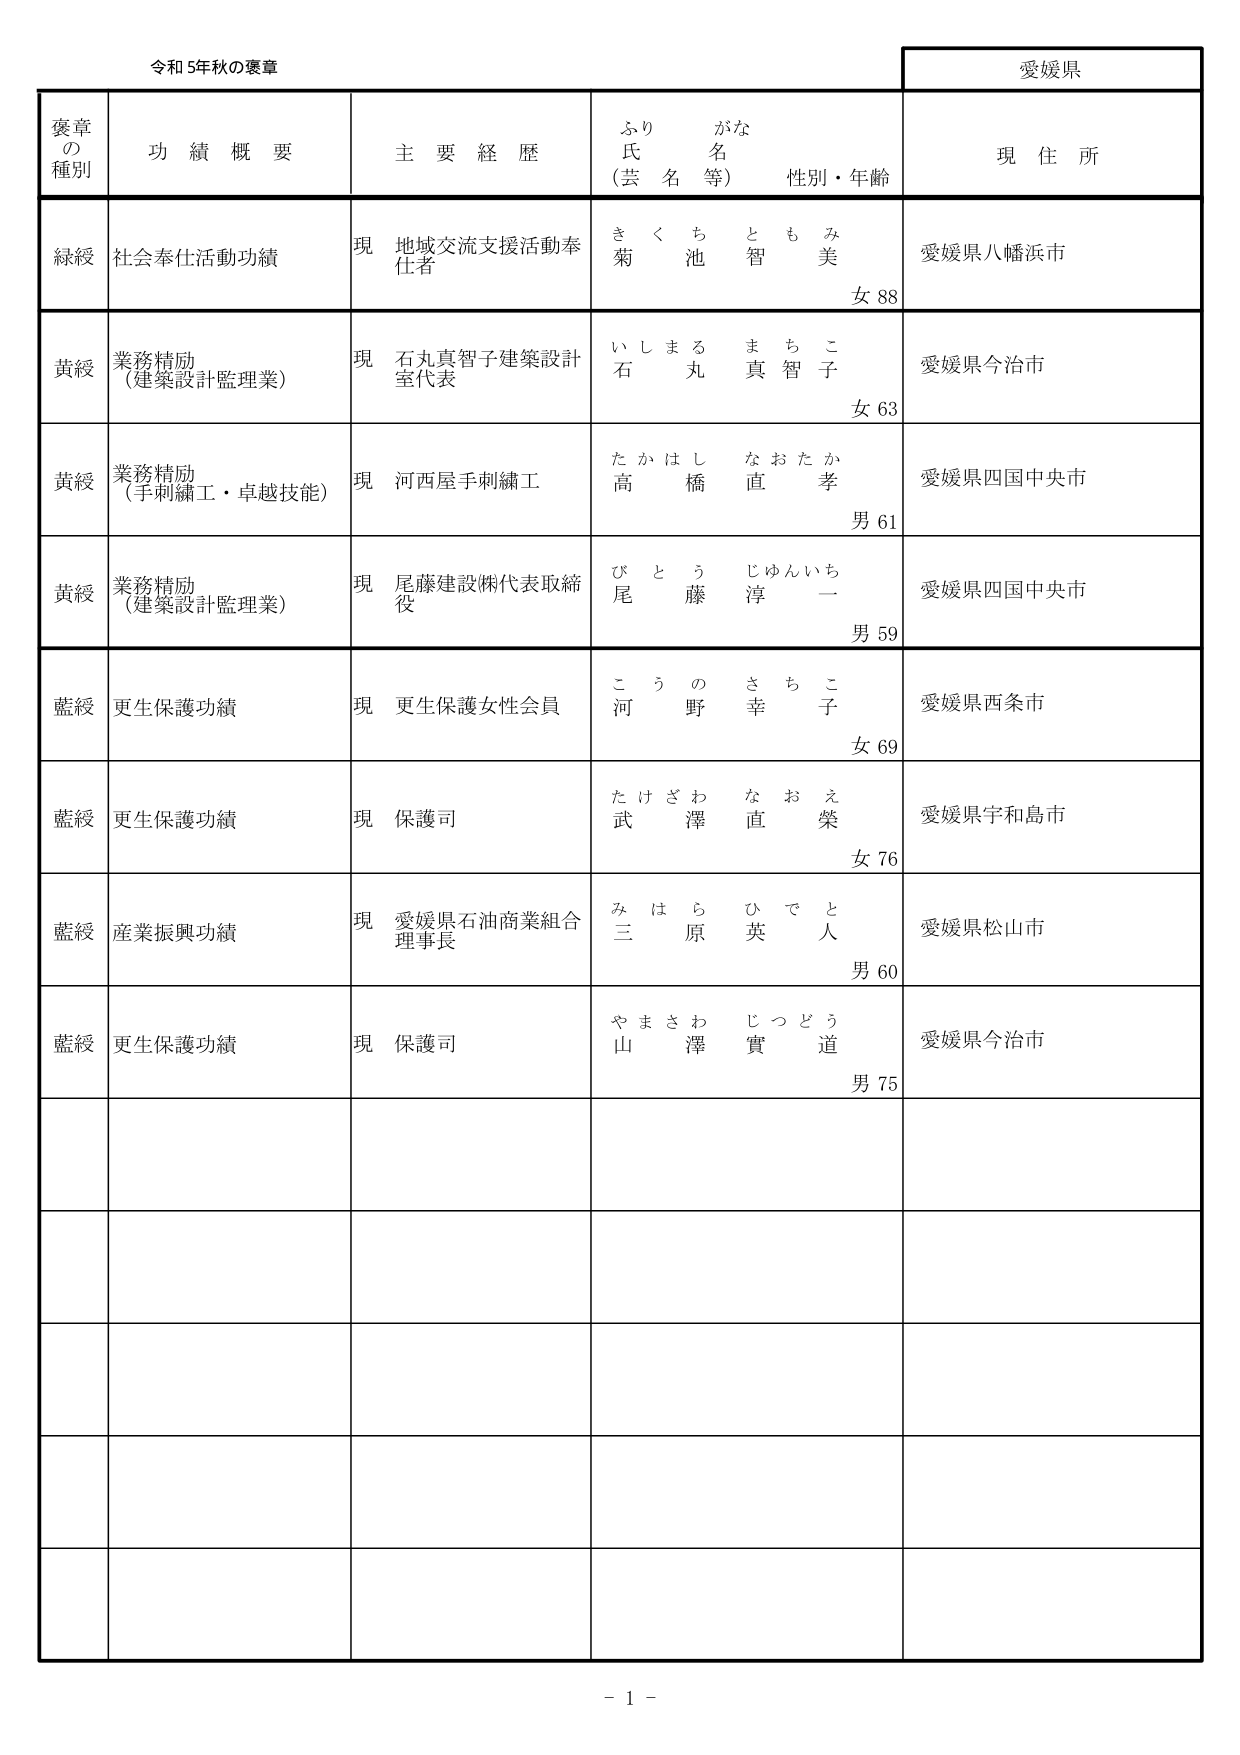
令和5年秋の褒章
愛媛県

褒章の種別　功績概要　主要経歴　ふりがな（芸名等）　氏名　性別・年齢　現住所

緑綬　社会奉仕活動功績　現 地域交流支援活動奉仕者　きくちともみ　菊池智美　女88　愛媛県八幡浜市

黄綬　業務精励（建築設計監理業）　現 石丸真智子建築設計室代表　いしまるまちこ　石丸真智子　女63　愛媛県今治市

黄綬　業務精励（手刺繍工・卓越技能）　現 河西屋手刺繍工　たかはしなおたか　高橋直孝　男61　愛媛県四国中央市

黄綬　業務精励（建築設計監理業）　現 尾藤建設㈱代表取締役　びとうじゅんいち　尾藤淳一　男59　愛媛県四国中央市

藍綬　更生保護功績　現 更生保護女性会員　こうのさちこ　河野幸子　女69　愛媛県西条市

藍綬　更生保護功績　現 保護司　たけざわなおえ　武澤直榮　女76　愛媛県宇和島市

藍綬　産業振興功績　現 愛媛県石油商業組合理事長　みはらひでと　三原英人　男60　愛媛県松山市

藍綬　更生保護功績　現 保護司　やまさわじつどう　山澤實道　男75　愛媛県今治市

－ 1 －